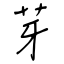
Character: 芽